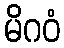
မိဂဝံ